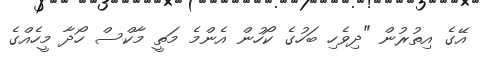
އޭގެ އިތުރުން "ދިވެހި ބަހުގެ ކޯހުން އެންމެ މަތީ މާކްސް ހޯދާ މީހެއްގެ